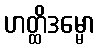
ဟတ္ထိဒမ္မော